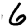
Digit: 6